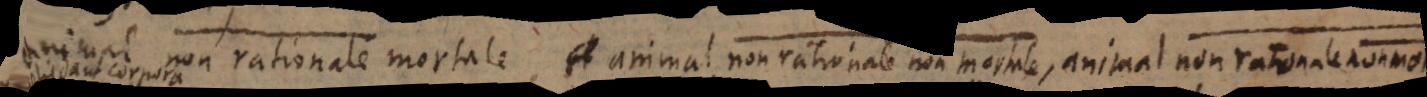
animal non rationale mortale, animal non rationale non mortale animal non rationale no